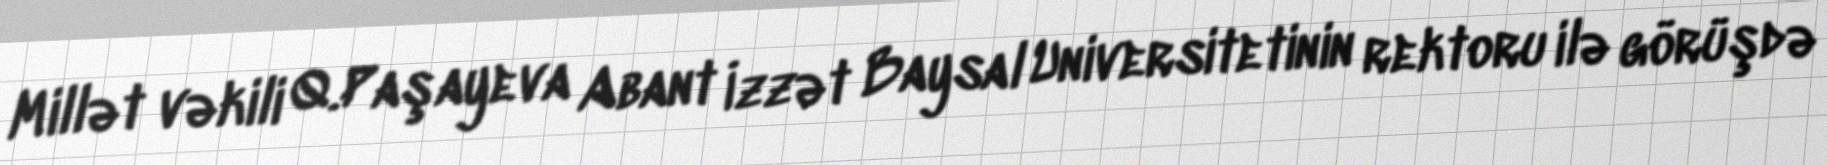
Millət vəkili Q.Paşayeva Abant İzzət Baysal Universitetinin rektoru ilə görüşdə